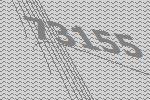
73155